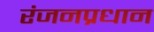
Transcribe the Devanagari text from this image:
रंजनप्रधान